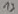
Text: 13